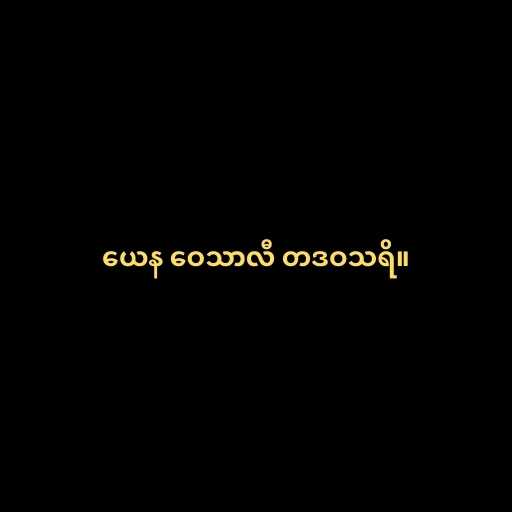
ယေန ဝေသာလီ တဒဝသရိ။